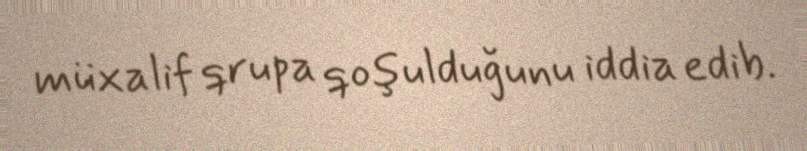
müxalif qrupa qoşulduğunu iddia edib.